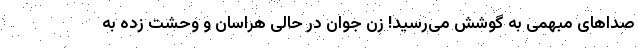
صدا‌های مبهمی به گوشش می‌رسید! زن جوان در حالی هراسان و وحشت زده به